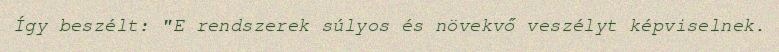
Így beszélt: "E rendszerek súlyos és növekvő veszélyt képviselnek.